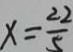
x = \frac { 2 2 } { 5 }